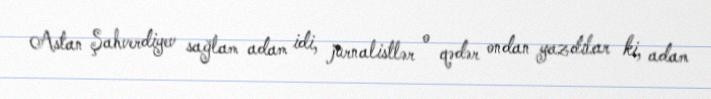
Astan Şahverdiyev sağlam adam idi, jurnalistlər o qədər ondan yazdılar ki, adam